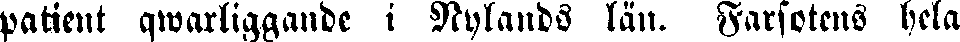
patient qwarliggande i Nylands län. Farfotens hela